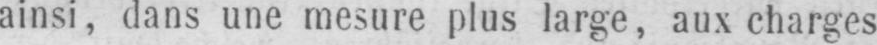
ainsi, dans une mesure plus large, aux charges